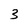
Character: 3